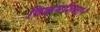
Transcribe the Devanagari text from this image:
विक्रमशिला।